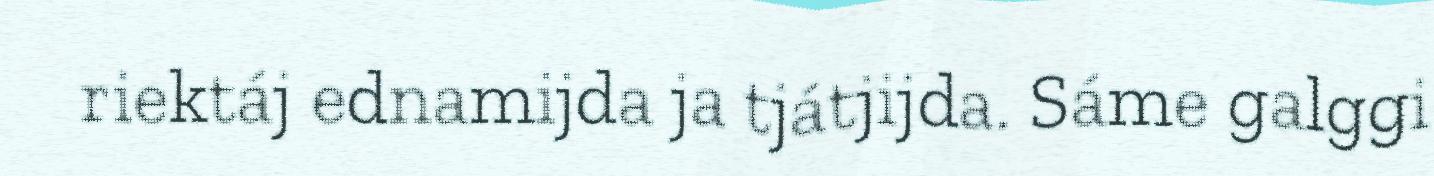
riektáj ednamijda ja tjátjijda. Sáme galggi